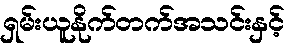
ရှမ်းယူနိုက်တက်အသင်းနှင့်